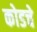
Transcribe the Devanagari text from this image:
कोडचे